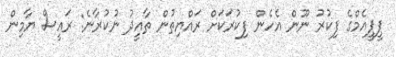
ޕީޕީއެމްގެ ފިކުރު ނޫން އެހެން ފިކުރަކަށް ރައްޔިތުން ތާއީދު ނުކުރާނެ: ރައީސް ޔާމިން